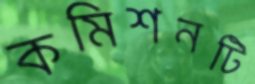
কমিশনটি